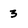
Character: 3